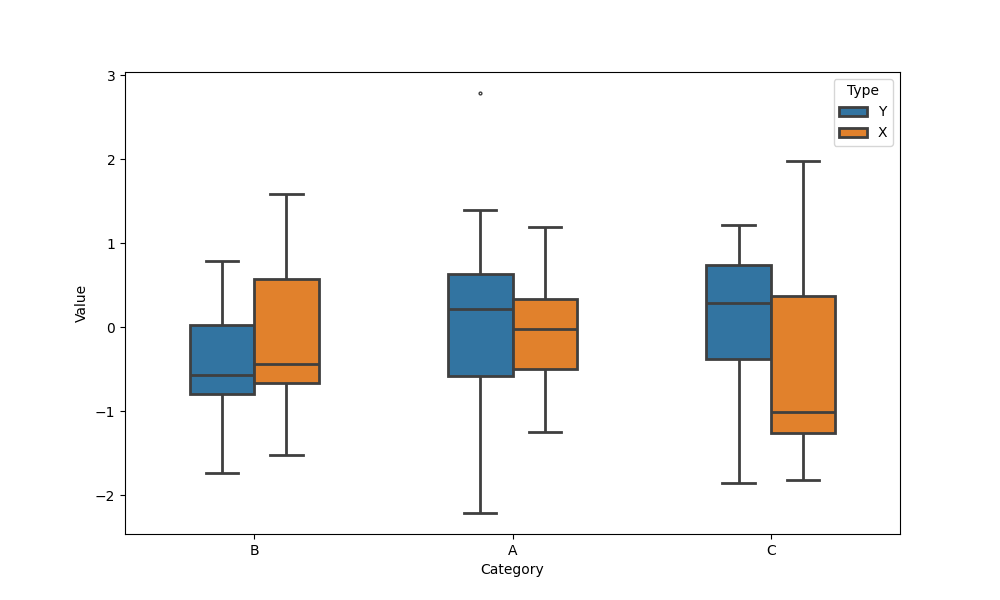
python, seaborn, boxplot, width=0.5, linewidth=2, fliersize=2, notch=False